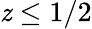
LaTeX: \mathit{z}\leq1/2